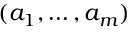
( a _ { 1 } , \ldots , a _ { m } )